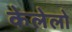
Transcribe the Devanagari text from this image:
केलेलो